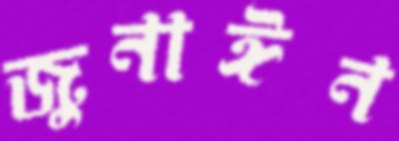
জুনাঈন